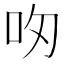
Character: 𪠴